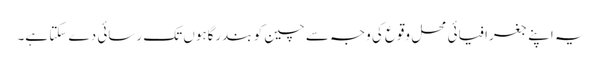
یہ اپنے جغرافیائی محل وقوع کی وجہ سے چین کو بندرگاہوں تک رسائی دے سکتا ہے۔